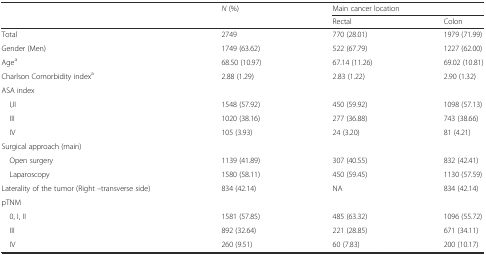
<table><thead><tr><td></td><td><b><i>N</i> (%)</b></td><td colspan="2"><b>Main cancer location</b></td></tr><tr><td></td><td></td><td><b>Rectal</b></td><td><b>Colon</b></td></tr></thead><tbody><tr><td>Total</td><td>2749</td><td>770 (28.01)</td><td>1979 (71.99)</td></tr><tr><td>Gender (Men)</td><td>1749 (63.62)</td><td>522 (67.79)</td><td>1227 (62.00)</td></tr><tr><td>Age<sup>a</sup></td><td>68.50 (10.97)</td><td>67.14 (11.26)</td><td>69.02 (10.81)</td></tr><tr><td>Charlson Comorbidity index<sup>a</sup></td><td>2.88 (1.29)</td><td>2.83 (1.22)</td><td>2.90 (1.32)</td></tr><tr><td>ASA index</td><td></td><td></td><td></td></tr><tr><td> I,II</td><td>1548 (57.92)</td><td>450 (59.92)</td><td>1098 (57.13)</td></tr><tr><td> III</td><td>1020 (38.16)</td><td>277 (36.88)</td><td>743 (38.66)</td></tr><tr><td> IV</td><td>105 (3.93)</td><td>24 (3.20)</td><td>81 (4.21)</td></tr><tr><td>Surgical approach (main)</td><td></td><td></td><td></td></tr><tr><td> Open surgery</td><td>1139 (41.89)</td><td>307 (40.55)</td><td>832 (42.41)</td></tr><tr><td> Laparoscopy</td><td>1580 (58.11)</td><td>450 (59.45)</td><td>1130 (57.59)</td></tr><tr><td>Laterality of the tumor (Right –transverse side)</td><td>834 (42.14)</td><td>NA</td><td>834 (42.14)</td></tr><tr><td>pTNM</td><td></td><td></td><td></td></tr><tr><td> 0, I, II</td><td>1581 (57.85)</td><td>485 (63.32)</td><td>1096 (55.72)</td></tr><tr><td> III</td><td>892 (32.64)</td><td>221 (28.85)</td><td>671 (34.11)</td></tr><tr><td> IV</td><td>260 (9.51)</td><td>60 (7.83)</td><td>200 (10.17)</td></tr></tbody></table>